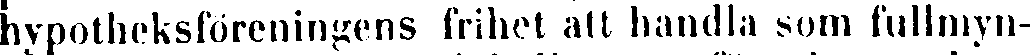
nypotbeksföreningens frihet att handla som fullmyn-